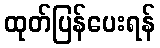
ထုတ်ပြန်ပေးရန်